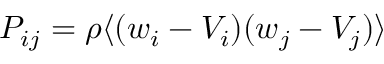
P _ { i j } = \rho \langle ( w _ { i } - V _ { i } ) ( w _ { j } - V _ { j } ) \rangle